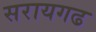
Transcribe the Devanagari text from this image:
सरायगढ